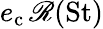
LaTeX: e_{\mathrm{c}}\, \mathscr{R}({\mathrm{St}})